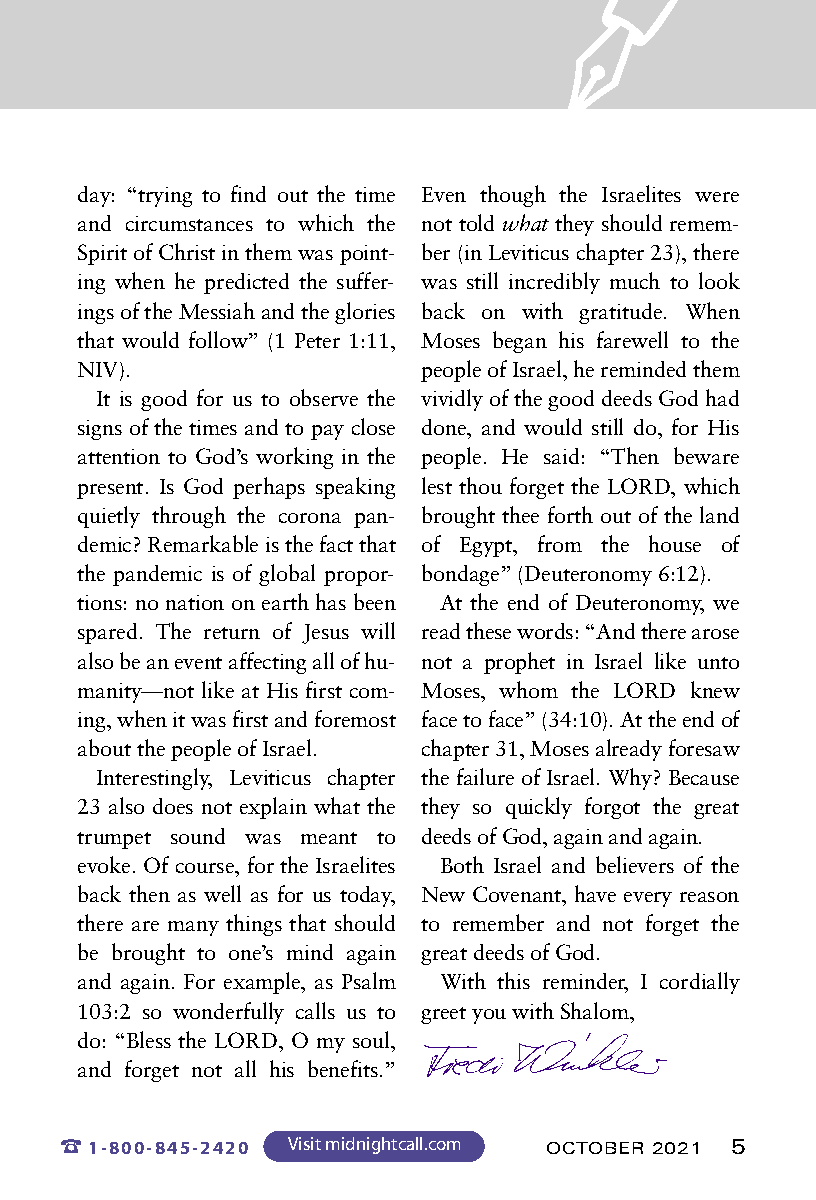

 day: “trying to find out the time Even though the Israelites were
 and circumstances to which the not told what they should remem-
 Spirit of Christ in them was point- ber (in Leviticus chapter 23), there
 ing when he predicted the suffer- was still incredibly much to look
 ings of the Messiah and the glories back on with gratitude. When
 that would follow” (1 Peter 1:11, Moses began his farewell to the
 NIV).                  people of Israel, he reminded them
 It is good for us to observe the vividly of the good deeds God had
 signs of the times and to pay close done, and would still do, for His
 attention to God’s working in the people. He said: “Then beware
 present. Is God perhaps speaking lest thou forget the LORD, which
 quietly through the corona pan- brought thee forth out of the land
 demic? Remarkable is the fact that of Egypt, from the house of
 the pandemic is of global propor- bondage” (Deuteronomy 6:12).
 tions: no nation on earth has been At the end of Deuteronomy, we
 spared. The return of Jesus will read these words: “And there arose
 also be an event affecting all of hu- not a prophet in Israel like unto
 manity—not like at His first com- Moses, whom the LORD knew
 ing, when it was first and foremost face to face” (34:10). At the end of
 about the people of Israel. chapter 31, Moses already foresaw
 Interestingly, Leviticus chapter the failure of Israel. Why? Because
 23 also does not explain what the they so quickly forgot the great
 trumpet sound was meant to deeds of God, again and again.
 evoke. Of course, for the Israelites Both Israel and believers of the
 back then as well as for us today, New Covenant, have every reason
 there are many things that should to remember and not forget the
 be brought to one’s mind again great deeds of God.
 and again. For example, as Psalm With this reminder, I cordially
 103:2 so wonderfully calls us to greet you with Shalom,
 do: “Bless the LORD, O my soul,
 and forget not all his benefits.”
 %1-800-845-2420 Visit midnightcall.com OCTOBER 2021 5